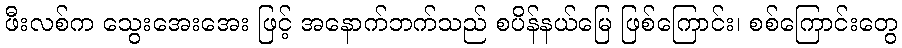
ဖီးလစ်က သွေးအေးအေး ဖြင့် အနောက်ဘက်သည် စပိန်နယ်မြေ ဖြစ်ကြောင်း၊ စစ်ကြောင်းတွေ